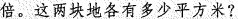
倍。这两块地各有多少平方米?